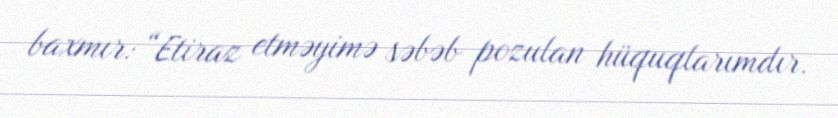
baxmır: “Etiraz etməyimə səbəb pozulan hüquqlarımdır.